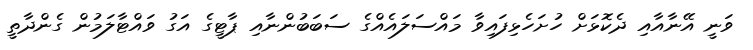
ވަނީ އޭނާއާއި ދެކޮޅަށް ހުށަހެޅިފައިވާ މައްސަލައެއްގެ ސަބަބުންނާއި ޕާޓީގެ އަގު ވައްޓާލަމުން ގެންދާތީ